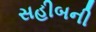
સહીબની